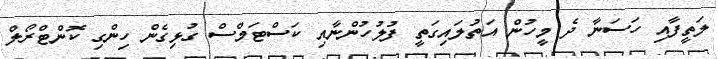
ލަތީފާއި ހަސަނާ ދެ މީހުން އަތުލައިގަތީ ފުލުހުންނާއި ކަސްޓަމްސް ގުޅިގެން ހިންގި ކޮންޓްރޯލް